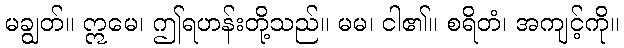
မချွတ်။ ဣမေ၊ ဤရဟန်းတို့သည်။ မမ၊ ငါ၏။ စရိတံ၊ အကျင့်ကို။